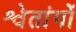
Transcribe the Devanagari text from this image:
श्वेतांगों